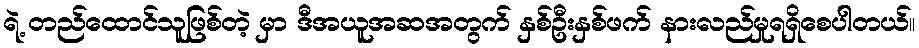
ရဲ့ တည်ထောင်သူဖြစ်တဲ့ မှာ ဒီအယူအဆအတွက် နှစ်ဦးနှစ်ဖက် နားလည်မှုရရှိစေပါတယ်။